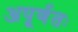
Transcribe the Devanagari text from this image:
अपूर्णतः